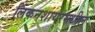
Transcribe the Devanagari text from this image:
लिंकनशायरमधील